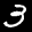
Label: 3